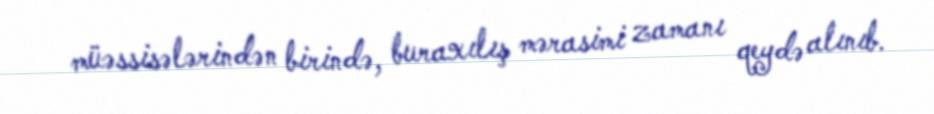
müəssisələrindən birində, buraxılış mərasimi zamanı qeydə alınıb.